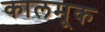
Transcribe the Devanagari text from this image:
कालमूक